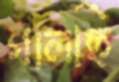
গালছি